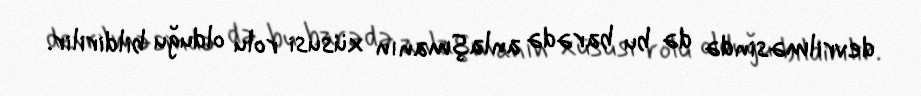
devrilməsində də bu barədə anlaşmanın xüsusi rolu olduğu bildirilir.